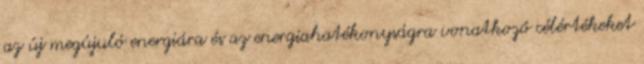
az új megújuló energiára és az energiahatékonyságra vonatkozó célértékeket